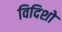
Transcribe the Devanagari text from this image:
विदिशो